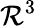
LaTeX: \mathcal{R}^{3}